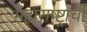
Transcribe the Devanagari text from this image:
महाराष्ष्ट्राची